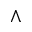
\wedge